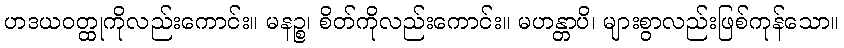
ဟဒယဝတ္ထုကိုလည်းကောင်း။ မနဉ္စ၊ စိတ်ကိုလည်းကောင်း။ မဟန္တာပိ၊ များစွာလည်းဖြစ်ကုန်သော။